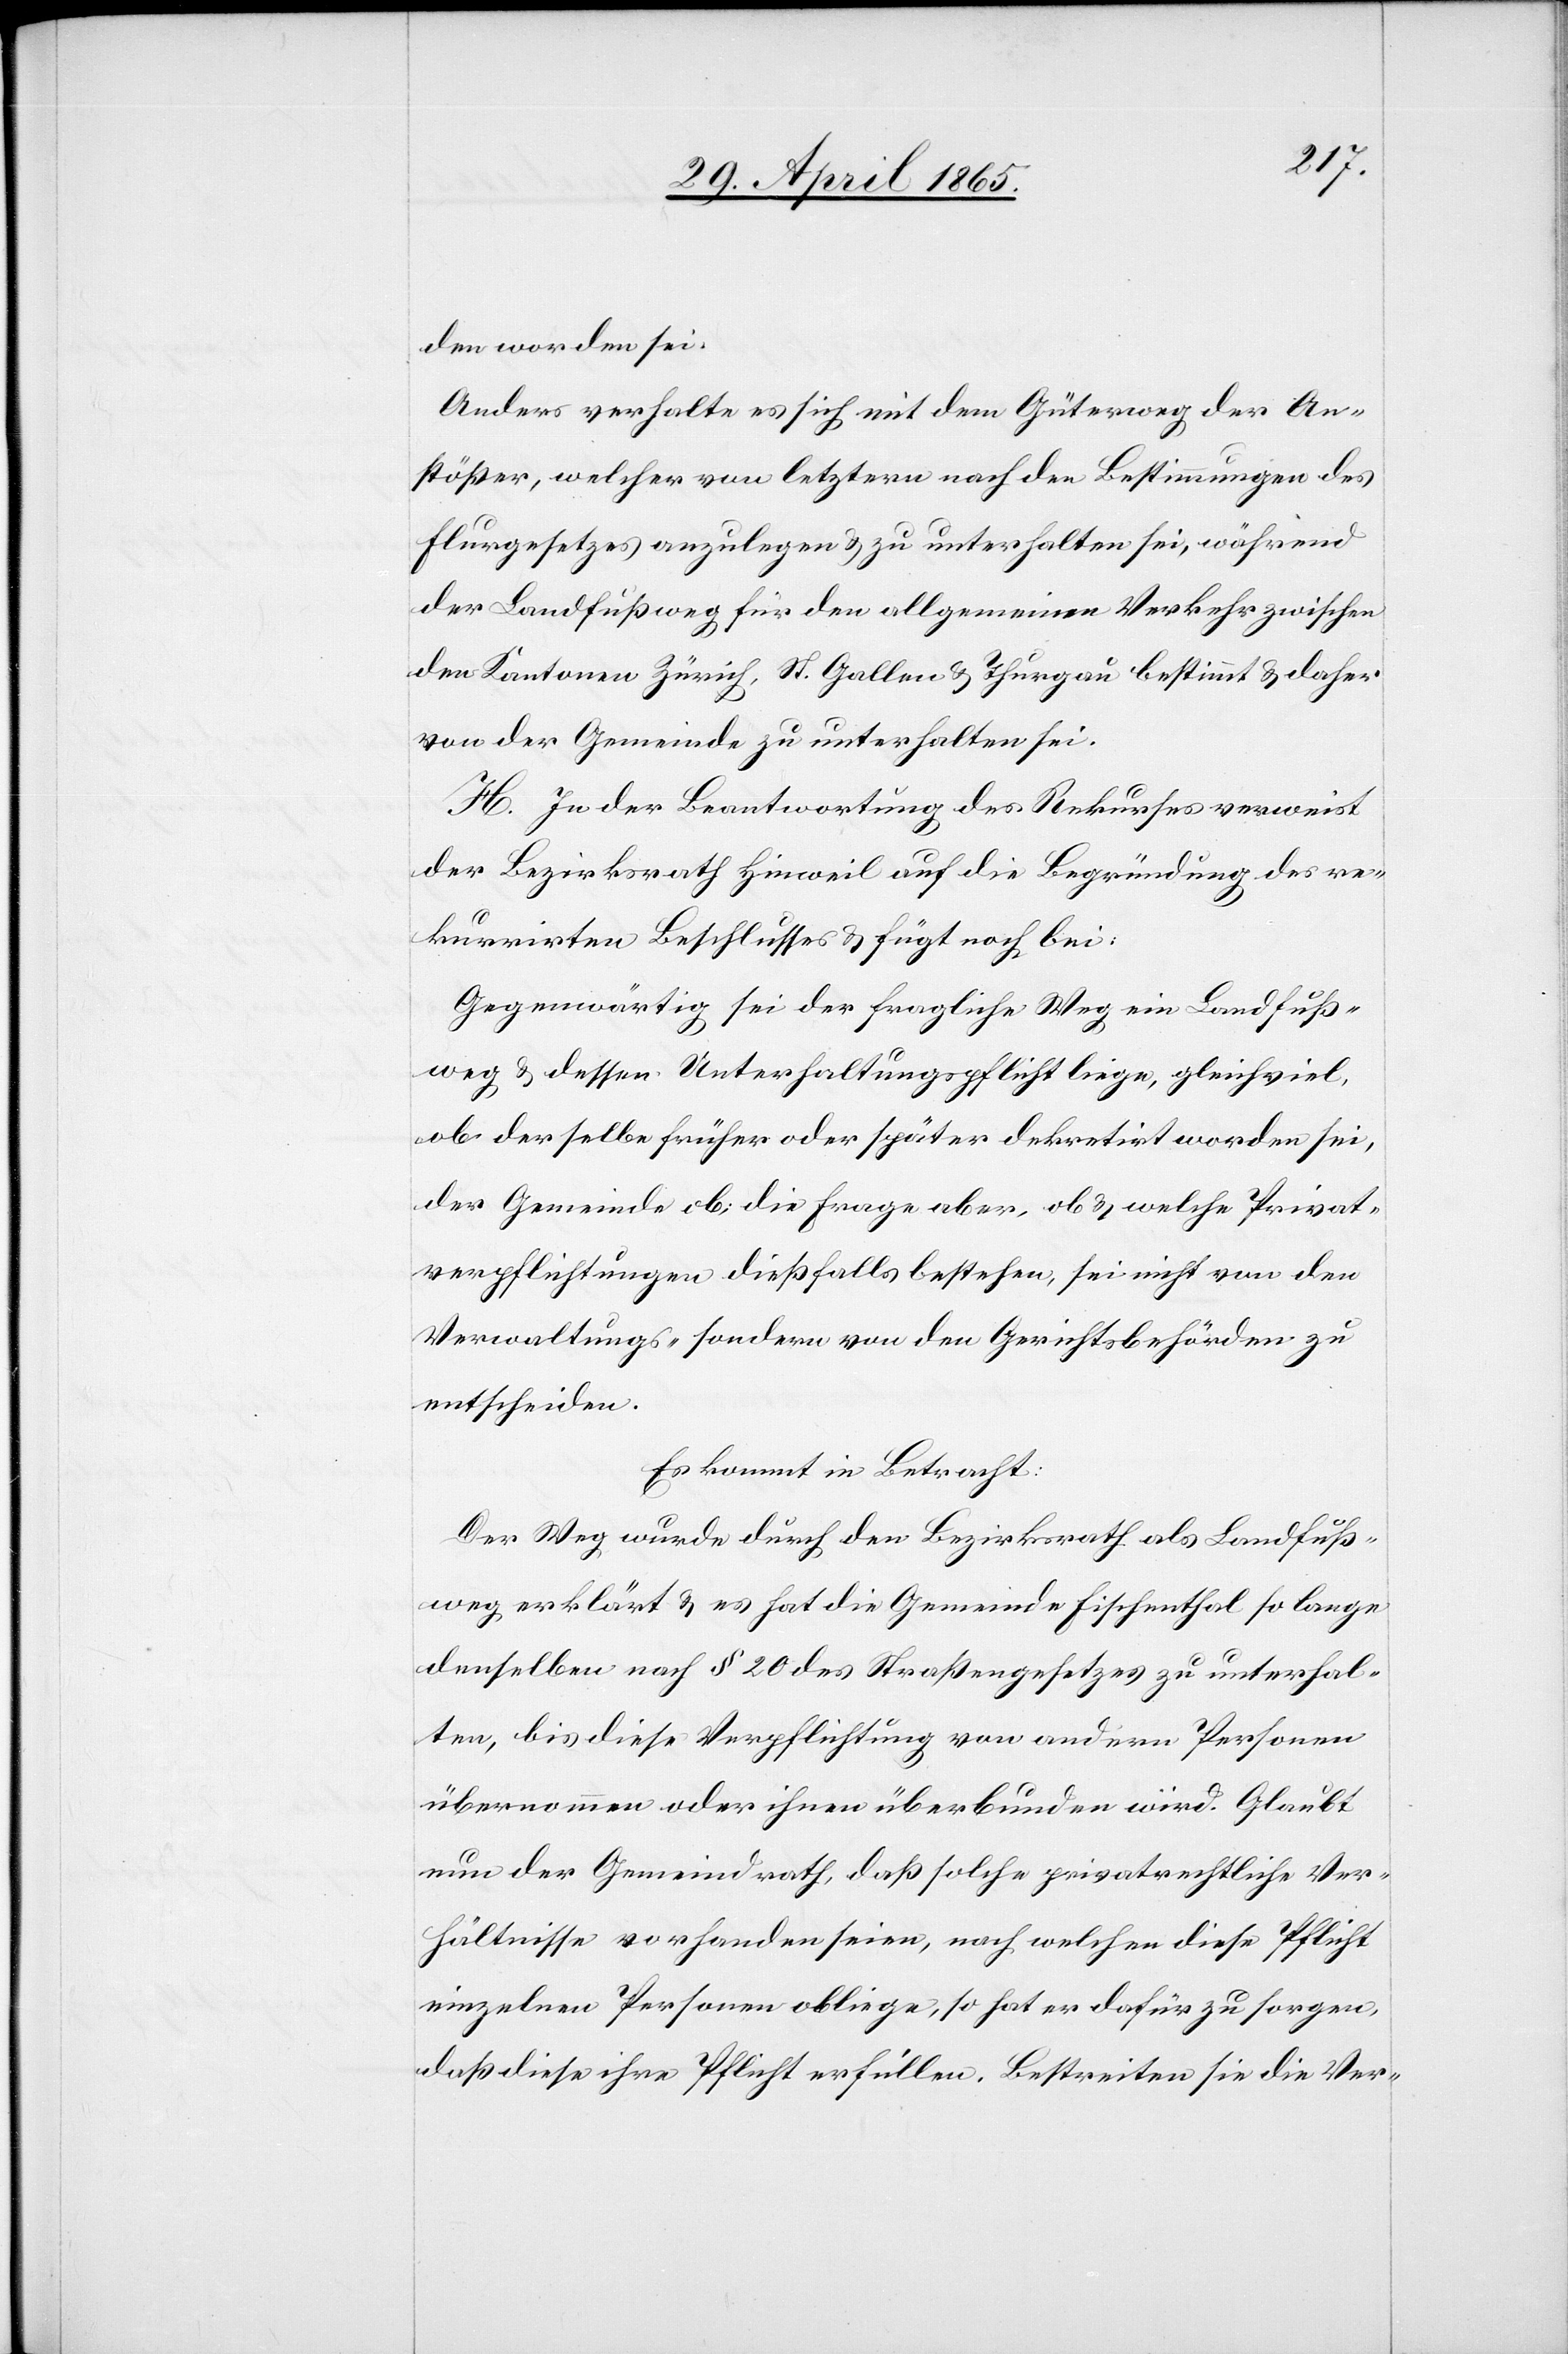
den worden sei.
Anders verhalte es sich mit dem Güterweg der An¬
stößer, welcher von letztern nach den Bestimmungen des
Flurgesetzes anzulegen & zu unterhalten sei, während
der Landfußweg für den allgemeinen Verkehr zwischen
den Kantonen Zürich, St. Gallen & Thurgau bestimmt & daher
von der Gemeinde zu unterhalten sei.
H. In der Beantwortung des Rekurses verweist
der Bezirksrath Hinweil auf die Begründung des re¬
kurrirten Beschlusses & fügt noch bei:
Gegenwärtig sei der fragliche Weg ein Landfuß¬
weg & dessen Unterhaltungspflicht liege, gleichviel,
ob derselbe früher oder später dekretirt worden sei,
der Gemeinde ob; die Frage aber, ob & welche Privat¬
verpflichtungen dießfalls bestehen, sei nicht von den
Verwaltungs- sondern von den Gerichtsbehörden zu
entscheiden.
Es kommt in Betracht:
Der Weg wurde durch den Bezirksrath als Landfuß¬
weg erklärt & es hat die Gemeinde Fischenthal so lange
denselben nach § 20 des Straßengesetzes zu unterhal¬
ten, bis diese Verpflichtung von andern Personen
übernommen oder ihnen überbunden wird. Glaubt
nun der Gemeindrath, daß solche privatrechtliche Ver¬
hältnisse vorhanden seien, nach welchen diese Pflicht
einzelnen Personen obliege, so hat er dafür zu sorgen,
daß diese ihre Pflicht erfüllen. Bestreiten sie die Ver-